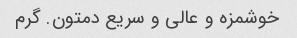
خوشمزه و عالی و سریع دمتون. گرم